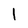
Character: 1